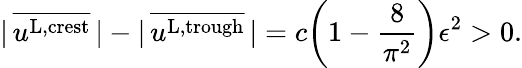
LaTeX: |\, \overline{{u^{\textnormal{L,crest}}}}\, |-|\, \overline{{u^{\textnormal{L,trough}}}}\, |=c\bigg(1-\frac{8}{\pi^{2}}\bigg)\epsilon^{2}>0.